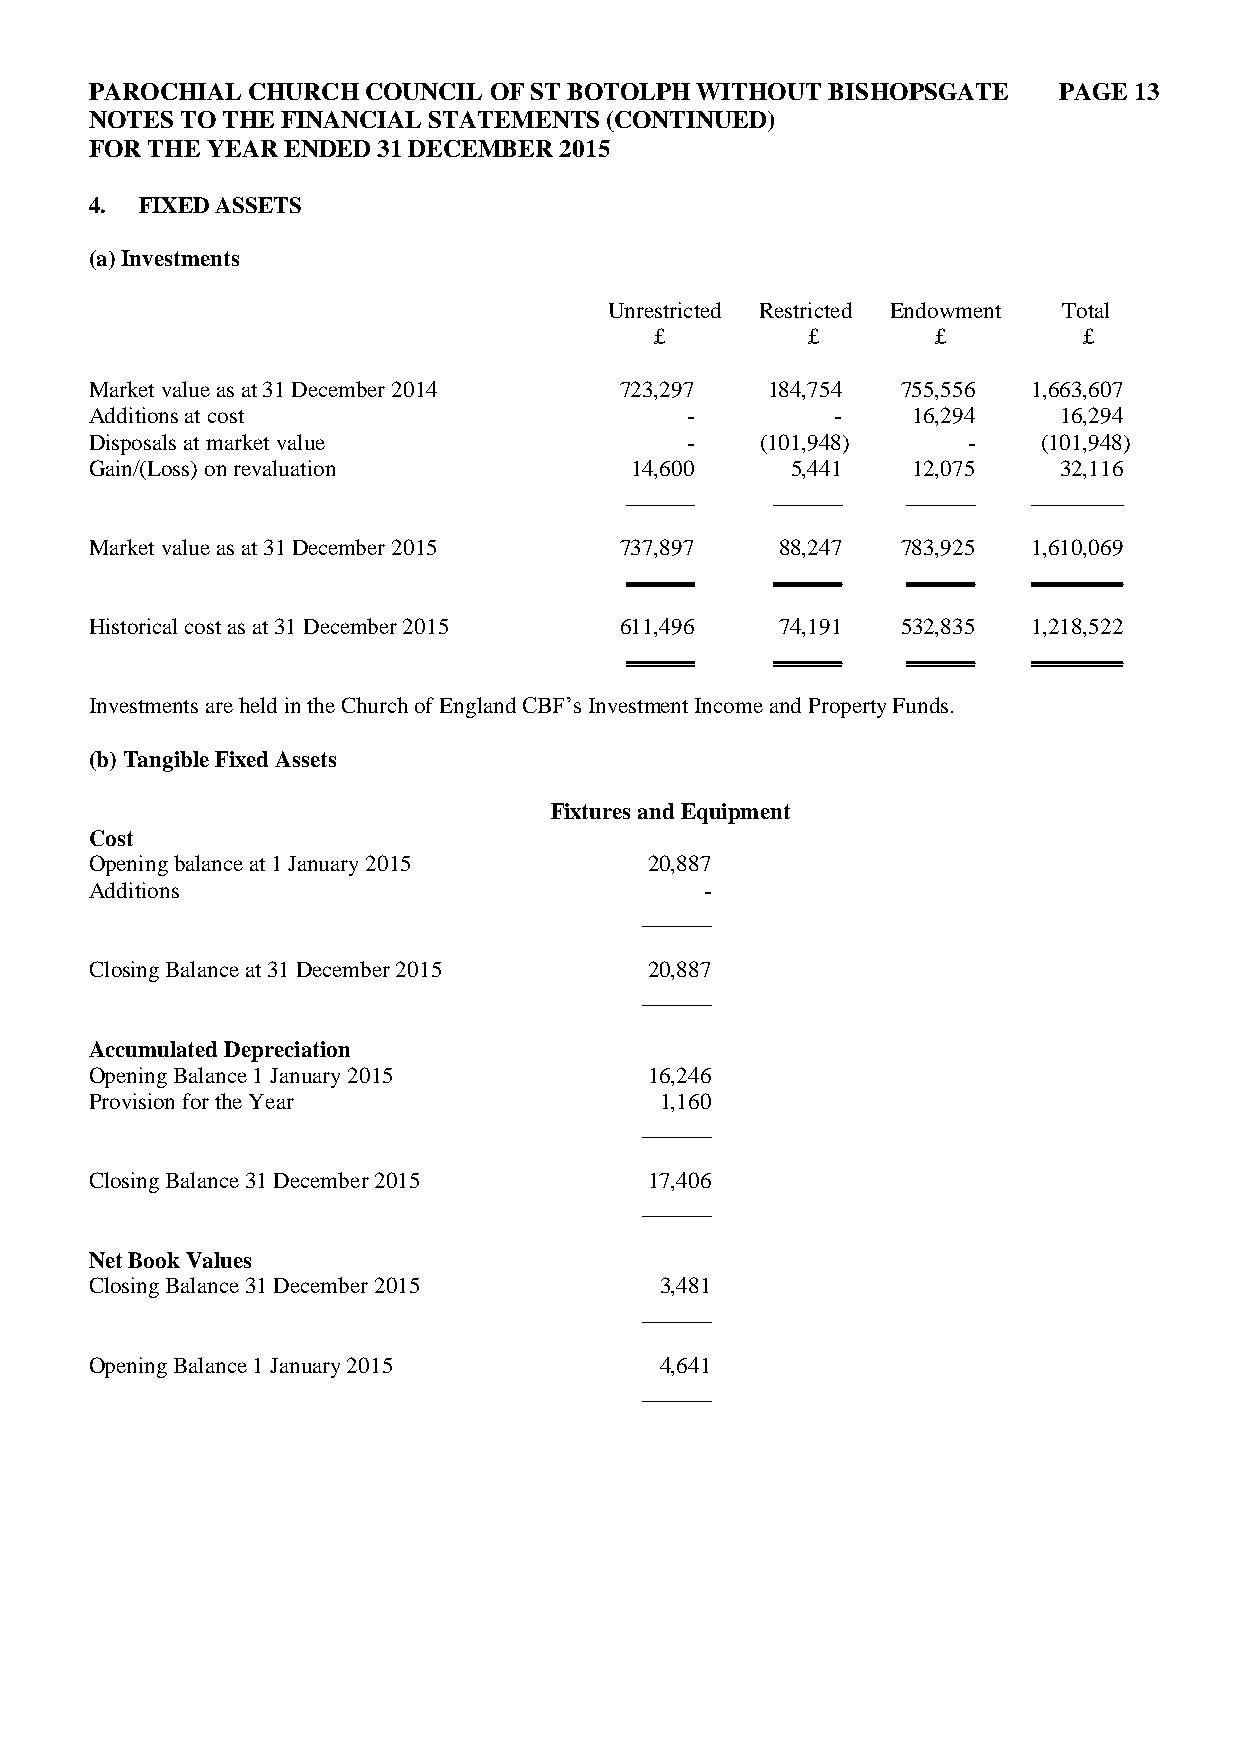
PAROCHIAL CHURCH  COUNCIL OF ST BOTOLPH WITHOUT  BISHOPSGATE    PAGE 13
 NOTES TO THE FINANCIAL STATEMENTS (CONTINUED)
 FOR THE YEAR ENDED 31 DECEMBER 2015
 4. FIXED ASSETS
 (a) Investments
 Unrestricted Restricted Endowment Total
 £         £        £         £
 Market value as at 31 December 2014 723,297  184,754  755,556 1,663,607
 Additions at cost                      -         -    16,294    16,294
 Disposals at market value              -    (101,948)     -    (101,948)
 Gain/(Loss) on revaluation          14,600    5,441   12,075    32,116
 ______    ______   ______  ________
 Market value as at 31 December 2015 737,897   88,247  783,925 1,610,069
 ______    ______   ______  ________
 Historical cost as at 31 December 2015 611,496 74,191 532,835 1,218,522
 ______    ______   ______  ________
 Investments are held in the Church of England CBF’s Investment Income and Property Funds.
 (b) Tangible Fixed Assets
 Fixtures and Equipment
 Cost
 Opening balance at 1 January 2015    20,887
 Additions                                -
 ______
 Closing Balance at 31 December 2015  20,887
 ______
 Accumulated Depreciation
 Opening Balance 1 January 2015       16,246
 Provision for the Year                1,160
 ______
 Closing Balance 31 December 2015     17,406
 ______
 Net Book Values
 Closing Balance 31 December 2015      3,481
 ______
 Opening Balance 1 January 2015        4,641
 ______